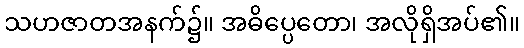
သဟဇာတအနက်၌။ အဓိပ္ပေတော၊ အလိုရှိအပ်၏။